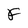
Character: F